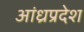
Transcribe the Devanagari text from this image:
अांध्रप्रदेश